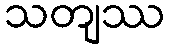
သတျဿ